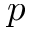
p